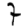
Digit: 7